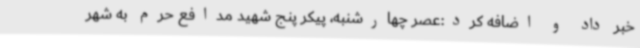
خبر داد و اضافه کرد:‌عصر چهارشنبه، پیکر پنج شهید مدافع حرم به شهر